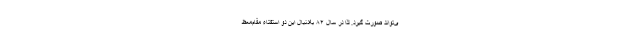
ی‌تواند صورت گیرد. لذا در سال ۸۴ به‌دنبال این دو استفتاء مقام‌معظ